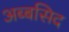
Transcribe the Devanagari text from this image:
अब्बसिद